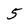
Character: 5